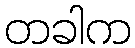
တခါက